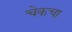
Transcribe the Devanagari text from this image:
चेकचा